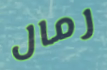
رمال